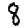
Digit: 8